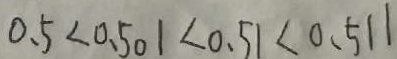
0 . 5 < 0 . 5 0 1 < 0 . 5 1 < 0 . 5 1 1